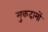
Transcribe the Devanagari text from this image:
मुकदामों